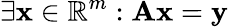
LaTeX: \exists\mathbf{x}\in\mathbb{R}^{m}:\mathbf{Ax}=\mathbf{y}